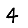
Digit: 4